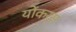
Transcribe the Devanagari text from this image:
योंकर्स